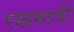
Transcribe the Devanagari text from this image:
रखमाजी